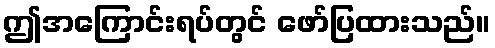
ဤအကြောင်းရပ်တွင် ဖော်ပြထားသည်။